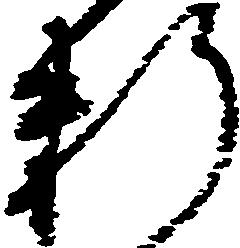
料